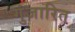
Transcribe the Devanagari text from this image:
गुंजारित